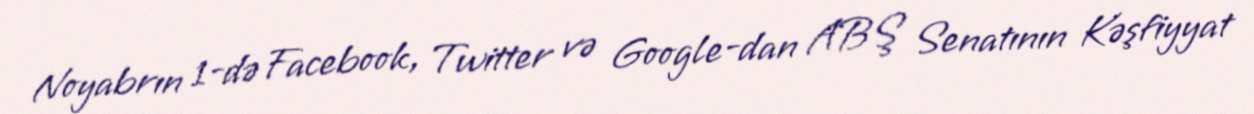
Noyabrın 1-də Facebook, Twitter və Google-dan ABŞ Senatının Kəşfiyyat